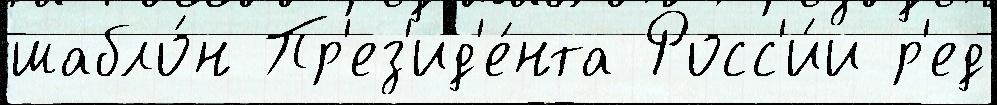
шабло́н Пр'ез'ид'е́нта Росс'и́и р'ед